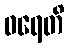
ဝရေတိ